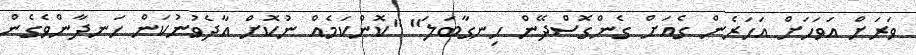
ވަރަށް އަވަހަށް އަހަރެން ގެއަށް ގެންގޮސްދޭން ހިނގާބަލަ" "ކޮންކަމެއް ނުކޮށް އާދެވުނުކަން ހަނދާންވެގެން